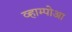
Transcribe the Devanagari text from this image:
व्हाम्पोआ